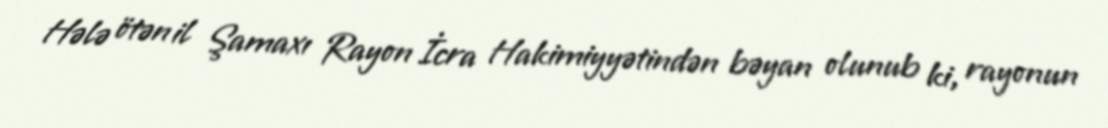
Hələ ötən il Şamaxı Rayon İcra Hakimiyyətindən bəyan olunub ki, rayonun